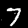
Digit: 7